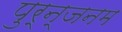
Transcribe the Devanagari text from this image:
पुर्न्जनम